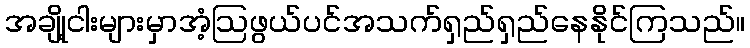
အချို့ငါးများမှာအံ့ဩဖွယ်ပင်အသက်ရှည်ရှည်နေနိုင်ကြသည်။